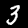
Digit: 3